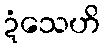
ဍံသေဟိ